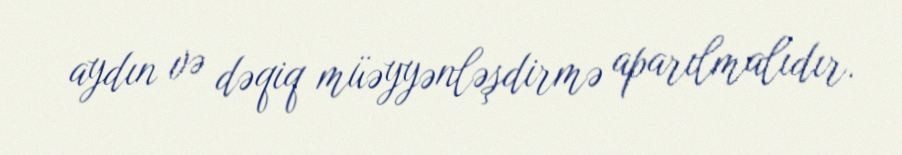
aydın və dəqiq müəyyənləşdirmə aparılmalıdır.